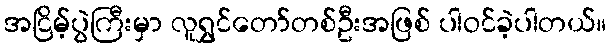
အငြိမ့်ပွဲကြီးမှာ လူရွှင်တော်တစ်ဦးအဖြစ် ပါဝင်ခဲ့ပါတယ်။